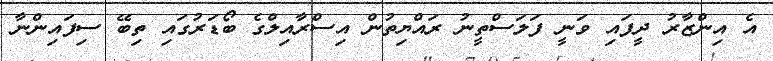
އެ އިންޒާރު ދީފައި ވަނީ ފަލަސްތީނު ރައްޔިތުން އިސްރާއިލްގެ ބޯޑަރުގައި ތިބޭ ސިފައިންނާ